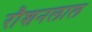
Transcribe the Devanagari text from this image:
रौशनलाल